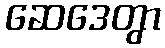
ဆေဒေတွာ